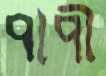
পাপী